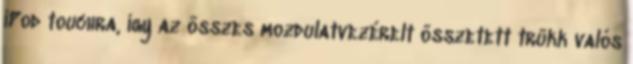
iPod touchra, így az összes mozdulatvezérelt összetett trükk valós